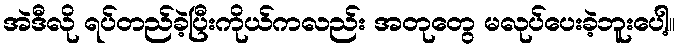
အဲဒီလို ရပ်တည်ခဲ့ပြီးကိုယ်ကလည်း အတုတွေ မလုပ်ပေးခဲ့ဘူးပေါ့။